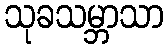
သုခသမ္ဘာသာ